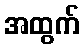
အထွက်